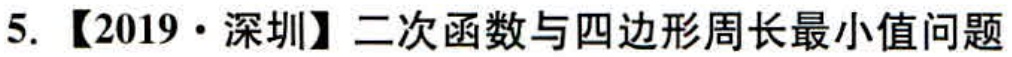
5. 【2019·深圳】二次函数与四边形周长最小值问题